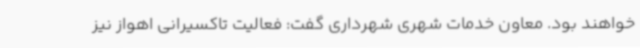
خواهند بود. معاون خدمات شهری شهرداری گفت: فعالیت تاکسیرانی اهواز نیز